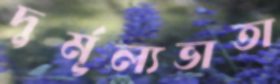
দুর্মূল্যভাতা